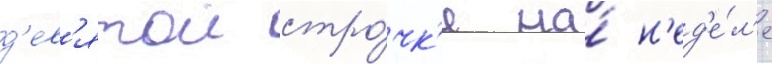
д'ев'ятои стро́чк'е на́ н'ед'е́л'е